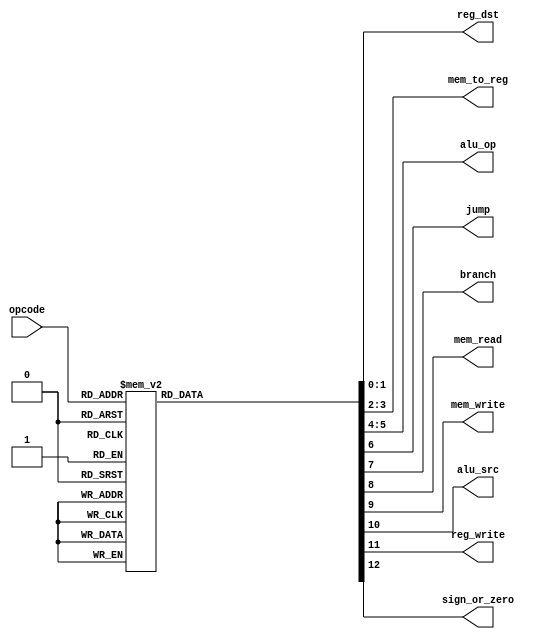
module control( input[2:0] opcode,   
                           output reg[1:0] reg_dst,mem_to_reg,alu_op,  
                           output reg jump,branch,mem_read,mem_write,alu_src,reg_write,sign_or_zero 								
   );  
 always @(*)  
 begin  
      case(opcode)   
      3'b000: begin // Rtype  
                reg_dst = 2'b01;  
                mem_to_reg = 2'b00;  
                alu_op = 2'b00;  
                jump = 1'b0;  
                branch = 1'b0;  
                mem_read = 1'b0;  
                mem_write = 1'b0;  
                alu_src = 1'b0;  
                reg_write = 1'b1;  
                sign_or_zero = 1'b1;  
                end  
      3'b001: begin // slti  
                reg_dst = 2'b00;  
                mem_to_reg = 2'b00;  
                alu_op = 2'b10;  
                jump = 1'b0;  
                branch = 1'b0;  
                mem_read = 1'b0;  
                mem_write = 1'b0;  
                alu_src = 1'b1;  
                reg_write = 1'b1;  
                sign_or_zero = 1'b0;  
                end  
      3'b010: begin // j  
                reg_dst = 2'b00;  
                mem_to_reg = 2'b00;  
                alu_op = 2'b00;  
                jump = 1'b1;  
                branch = 1'b0;  
                mem_read = 1'b0;  
                mem_write = 1'b0;  
                alu_src = 1'b0;  
                reg_write = 1'b0;  
                sign_or_zero = 1'b1;  
                end  
      3'b011: begin // jal  
                reg_dst = 2'b10;  
                mem_to_reg = 2'b10;  
                alu_op = 2'b00;  
                jump = 1'b1;  
                branch = 1'b0;  
                mem_read = 1'b0;  
                mem_write = 1'b0;  
                alu_src = 1'b0;  
                reg_write = 1'b1;  
                sign_or_zero = 1'b1;  
                end  
      3'b100: begin // lw  
                reg_dst = 2'b00;  
                mem_to_reg = 2'b01;  
                alu_op = 2'b11;  
                jump = 1'b0;  
                branch = 1'b0;  
                mem_read = 1'b1;  
                mem_write = 1'b0;  
                alu_src = 1'b1;  
                reg_write = 1'b1;  
                sign_or_zero = 1'b1;  
                end  
      3'b101: begin // sw  
                reg_dst = 2'b00;  
                mem_to_reg = 2'b00;  
                alu_op = 2'b11;  
                jump = 1'b0;  
                branch = 1'b0;  
                mem_read = 1'b0;  
                mem_write = 1'b1;  
                alu_src = 1'b1;  
                reg_write = 1'b0;  
                sign_or_zero = 1'b1;  
                end  
      3'b110: begin // beq  
                reg_dst = 2'b00;  
                mem_to_reg = 2'b00;  
                alu_op = 2'b01;  
                jump = 1'b0;  
                branch = 1'b1;  
                mem_read = 1'b0;  
                mem_write = 1'b0;  
                alu_src = 1'b0;  
                reg_write = 1'b0;  
                sign_or_zero = 1'b1;  
                end  
      3'b111: begin // addi  
                reg_dst = 2'b00;  
                mem_to_reg = 2'b00;  
                alu_op = 2'b11;  
                jump = 1'b0;  
                branch = 1'b0;  
                mem_read = 1'b0;  
                mem_write = 1'b0;  
                alu_src = 1'b1;  
                reg_write = 1'b1;  
                sign_or_zero = 1'b1;  
                end  
      default: begin  
                reg_dst = 2'b01;  
                mem_to_reg = 2'b00;  
                alu_op = 2'b00;  
                jump = 1'b0;  
                branch = 1'b0;  
                mem_read = 1'b0;  
                mem_write = 1'b0;  
                alu_src = 1'b0;  
                reg_write = 1'b1;  
                sign_or_zero = 1'b1;  
                end  
      endcase  
      end    
 endmodule